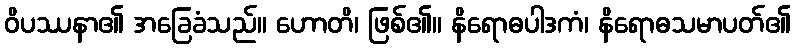
ဝိပဿနာ၏ အခြေခံသည်။ ဟောတိ၊ ဖြစ်၏။ နိရောဓပါဒကံ၊ နိရောဓသမာပတ်၏